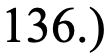
136.)